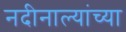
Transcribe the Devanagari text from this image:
नदीनाल्यांच्या